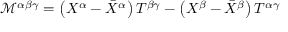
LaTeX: { \mathcal { M } } ^ { \alpha \beta \gamma } = \left( X ^ { \alpha } - { \bar { X } } ^ { \alpha } \right) T ^ { \beta \gamma } - \left( X ^ { \beta } - { \bar { X } } ^ { \beta } \right) T ^ { \alpha \gamma }